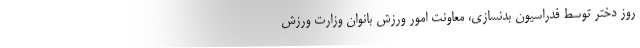
روز دختر توسط فدراسیون بدنسازی، معاونت امور ورزش بانوان وزارت ورزش